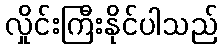
လှိုင်းကြီးနိုင်ပါသည်